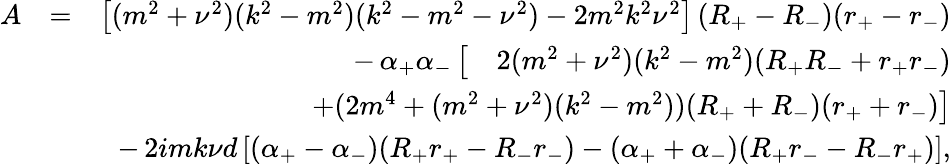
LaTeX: \begin{array}{rlr}{A}&{=}&{\left[(m^{2}+\nu^{2})(k^{2}-m^{2})(k^{2}-m^{2}-\nu^{2})-2m^{2}k^{2}\nu^{2}\right]\, (R_{+}-R_{-})(r_{+}-r_{-})}\\ &{}&{-\, \alpha_{+}\alpha_{-}\left[\quad 2(m^{2}+\nu^{2})(k^{2}-m^{2})(R_{+}R_{-}+r_{+}r_{-})\right.}\\ &{}&{\qquad\qquad\left.+(2m^{4}+(m^{2}+\nu^{2})(k^{2}-m^{2}))(R_{+}+R_{-})(r_{+}+r_{-})\right]}\\ &{}&{-\, 2imk\nu d\left[(\alpha_{+}-\alpha_{-})(R_{+}r_{+}-R_{-}r_{-})-(\alpha_{+}+\alpha_{-})(R_{+}r_{-}-R_{-}r_{+})\right],}\end{array}